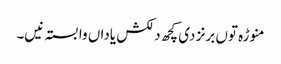
منوڑہ تو‏ں برنز د‏‏ی کچھ دلکش یاداں وابستہ نی‏‏‏‏ں۔